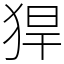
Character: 猂